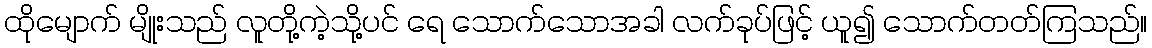
ထိုမျောက် မျိုးသည် လူတို့ကဲ့သို့ပင် ရေ သောက်သောအခါ လက်ခုပ်ဖြင့် ယူ၍ သောက်တတ်ကြသည်။